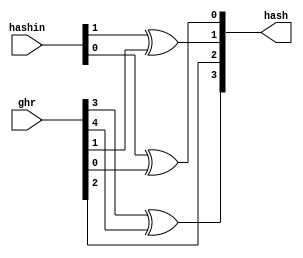
// This program was cloned from: https://github.com/NYU-MLDA/OpenABC
// License: BSD 3-Clause "New" or "Revised" License

module rvbtb_ghr_hash
(
  hashin,
  ghr,
  hash
);

  input [5:4] hashin;
  input [4:0] ghr;
  output [7:4] hash;
  wire [7:4] hash;
  assign hash[6] = ghr[2];
  assign hash[7] = ghr[3] ^ ghr[4];
  assign hash[5] = hashin[5] ^ ghr[1];
  assign hash[4] = hashin[4] ^ ghr[0];

endmodule